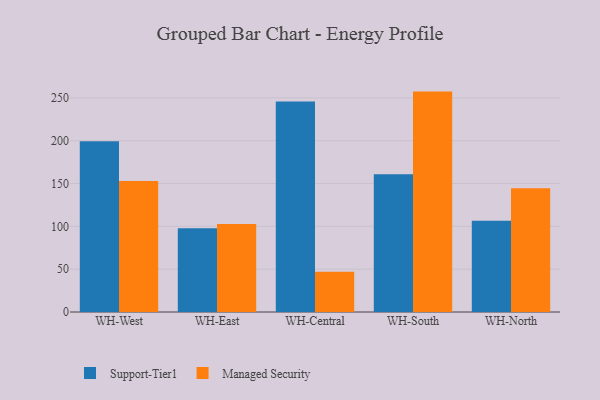
{"axis": {"x": "Warehouse", "y": "Humidity (%)"}, "legend": ["Managed Security", "Support-Tier1"], "data": [{"x": "WH-West", "y": 199.2, "type": "Support-Tier1"}, {"x": "WH-West", "y": 152.8, "type": "Managed Security"}, {"x": "WH-East", "y": 97.9, "type": "Support-Tier1"}, {"x": "WH-East", "y": 102.7, "type": "Managed Security"}, {"x": "WH-Central", "y": 245.6, "type": "Support-Tier1"}, {"x": "WH-Central", "y": 47.0, "type": "Managed Security"}, {"x": "WH-South", "y": 160.8, "type": "Support-Tier1"}, {"x": "WH-South", "y": 257.3, "type": "Managed Security"}, {"x": "WH-North", "y": 106.4, "type": "Support-Tier1"}, {"x": "WH-North", "y": 144.5, "type": "Managed Security"}]}